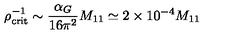
\rho _ { \mathrm { c r i t } } ^ { - 1 } \sim { \frac { \alpha _ { G } } { 1 6 \pi ^ { 2 } } } M _ { 1 1 } \simeq 2 \times 1 0 ^ { - 4 } M _ { 1 1 }